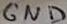
Text: GND